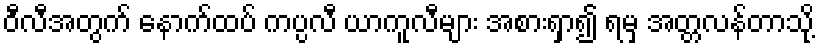
ဝီလီအတွက် နောက်ထပ် ကပ္ပလီ ယာကူလီများ အစားရှာ၍ ရမှ အတ္တလန်တာသို့